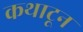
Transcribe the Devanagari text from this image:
कथाटून